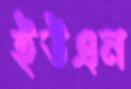
ইউএন